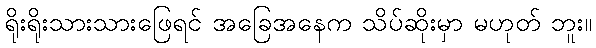
ရိုးရိုးသားသားဖြေရင် အခြေအနေက သိပ်ဆိုးမှာ မဟုတ် ဘူး။